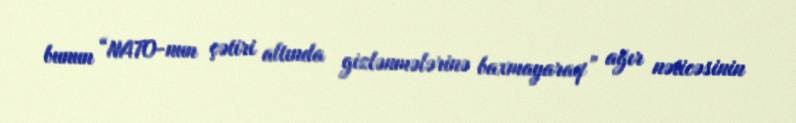
bunun “NATO-nun çətiri altında gizlənmələrinə baxmayaraq” ağır nəticəsinin